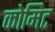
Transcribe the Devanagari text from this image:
कोमिट